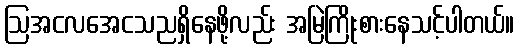
ဩအငလအေငသညရှိနေဖို့လည်း အမြဲကြိုးစားနေသင့်ပါတယ်။